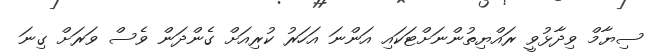
ސިޔާމް ވިދާޅުވީ ރައްޔިތުންނަށްޓަކައި އަންނަ އަހަރު ކުރިއަށް ގެންދަން ވެސް ވަރަށް ގިނަ